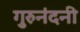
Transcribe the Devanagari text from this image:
गुरुनंदनी